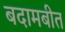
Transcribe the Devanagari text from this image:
बदामबीत